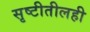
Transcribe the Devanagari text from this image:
सृष्टीतीलही